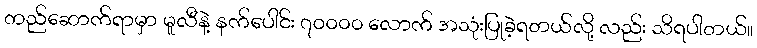
တည်ဆောက်ရာမှာ မူလီနဲ့ နက်ပေါင်း ၇၀၀၀၀ လောက် အသုံးပြုခဲ့ရတယ်လို့ လည်း သိရပါတယ်။